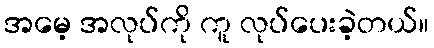
အမေ့ အလုပ်ကို ကူ လုပ်ပေးခဲ့တယ်။